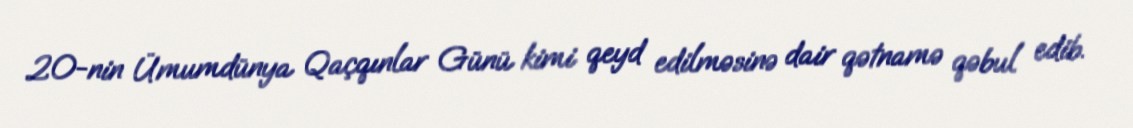
20-nin Ümumdünya Qaçqınlar Günü kimi qeyd edilməsinə dair qətnamə qəbul edib.